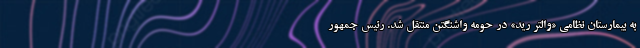
به بیمارستان نظامی «والتر رید» در حومه واشنگتن منتقل شد. رئیس جمهور